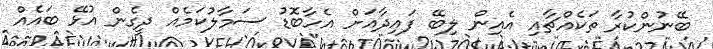
ބޭނުންކުރާ ތަކެއްޗާއި އެއިން ލިބޭ ފައިދާއަށް އެހާބޮޑު ސަމާލުކަމެއް ދީގެން އުޅޭ ބައެއް